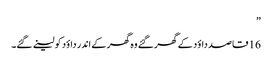
”
16 قاصد داؤد کے گھر گئے وہ گھر کے اندر داؤد کو لینے گئے۔